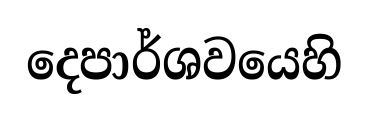
දෙපාර්ශවයෙහි